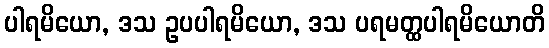
ပါရမိယော, ဒသ ဥပပါရမိယော, ဒသ ပရမတ္ထပါရမိယောတိ